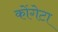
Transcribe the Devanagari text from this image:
कोंगेटा